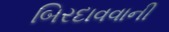
બિરદાવવાની